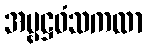
အမ္ဗဋ္ဌဝံသကထာ